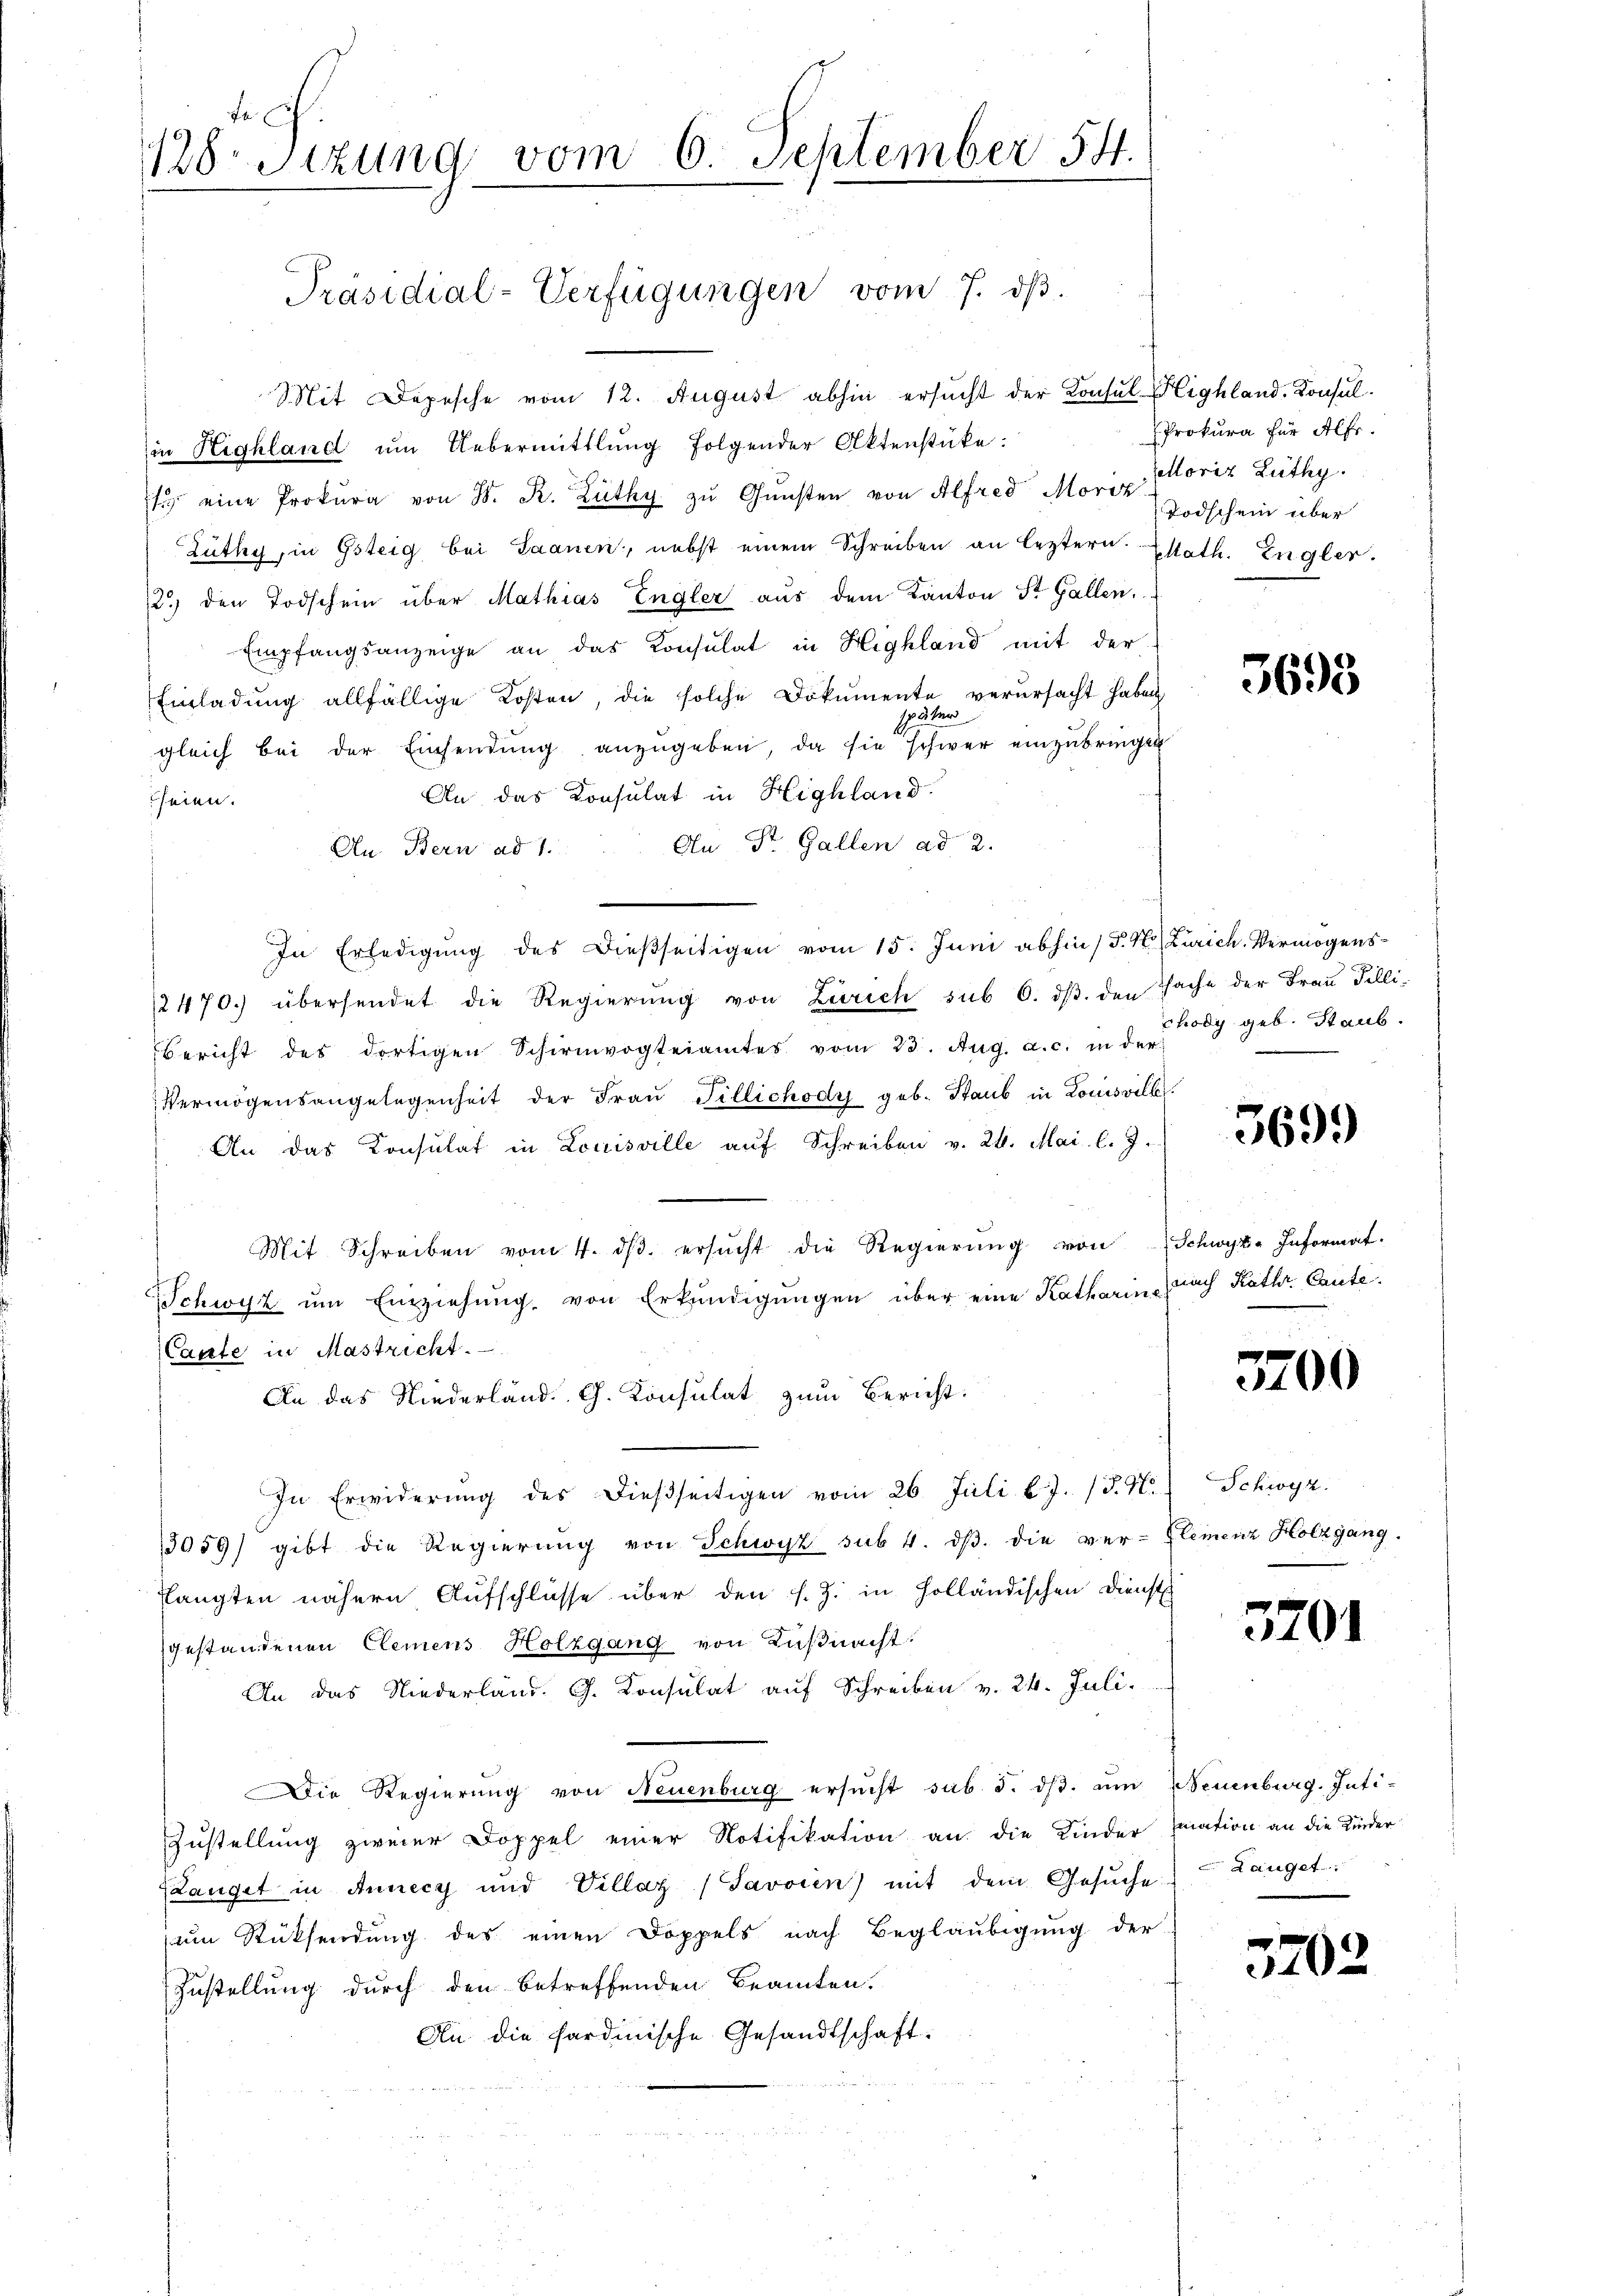
Fr
128. Sitzung vom 6. September 54.

Mit Depesche vom 12. August abhin ersucht der Konsul Highland. Konsul
in Highland ŭm Uebermittlung folgender Aktenstücke:
f eine Prokura von S. R. Lüthy zu Gunsten von Alfred Moria Horiz Lüthy.
Züthy, in Gsteig bei Saanen, nebst einem Schreiben an leztern. Estath. Engler.
2.) den Todschein über Mathias Engler aus dem Kanton St. Gallen.
Empfangsanzeige an das Konsulat in Highland mit der
Einladung allfällige Kosten, die solche Dokumente verursacht haben,
später
gleich bei der Einsendung anzugeben, da sie schwer einzubringen
An das Konsulat in Highland
seien.
An St. Gallen ad 2.
An Bern ad 1.
In Erledigung des dießseitigen vom 15. Juni abhin / 5. No. Zürich. Vermögens¬
4
2470. übersendet die Regierŭng von Zürich sub 6. dβ. den Sache der Frau Tilli-
Bericht des dortigen Schirmvogteiamtes vom 23. Aŭg. a. c. in der
Vermögensangelegenheit der Fraŭ Fillichody geb. Staub in Louisvill
An das Konsulat in Louisville auf Schreiben v. 24. Mai l. J.
Mit Schreiben vom 4. dβ ersucht die Regierung von
Schwyz um Einziehung, von Erkundigungen über eine Katharin nach Kathr Caute.
Caute in Mastricht.
An das Niederland. Ch. Konsulat zum Bericht.
In Erwiderung des dießseitigen vom 26. Juli l.J. (§. N
13059) gibt die Regierŭng von Schwyz sub 4. dβ. die ver-
flangten nähern Aufschlüsse über den s. Z. in Holländischen Dienst
gestandenen Clemens Holzgang von Küßnacht:
An das Niederland. G. Consulat auf Schreiben v. 24. Juli.
ie Regierung von Neuenburg ersŭcht sub. 8. dβ. um
Zustellung zweier Doppel einer Notifikation an die Kinder
Langet in Annecy und Villaz (Savoien) mit dem Gesŭche) Langet:
um Rücksendung des einen Doppels nach Begläubigung der
Zustellung durch den betreffenden Beamten.
An die fardische Gesandtschaft.

Präsidial-Verfügungen vom 7. dβ.

Prokura für Alfr.
Todschein über

3698

chody geb. Staub.

3699

Schwyz Informat

3700

Schwyz.
Element Holzgang.

3701

Neuenburg. Intimation an die Kinder

5702